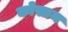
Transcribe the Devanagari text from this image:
कोसाम